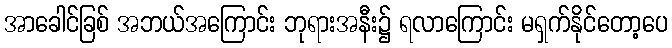
အာခေါင်ခြစ် အဘယ်အကြောင်း ဘုရားအနီး၌ ရလာကြောင်း မရှက်နိုင်တော့ပေ